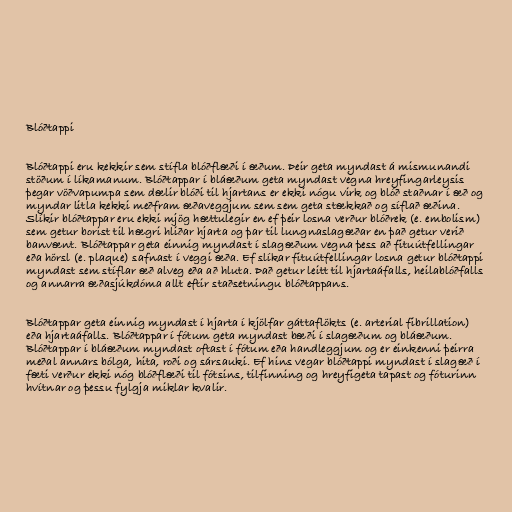
Blóðtappi

Blóðtappi eru kekkir sem stífla blóðflæði í æðum. Þeir geta myndast á mismunandi
stöðum í líkamanum. Blóðtappar í bláæðum geta myndast vegna hreyfingarleysis
þegar vöðvapumpa sem dælir blóði til hjartans er ekki nógu virk og blóð staðnar í æð og
myndar litla kekki meðfram æðaveggjum sem sem geta stækkað og síflað æðina.
Slíkir blóðtappar eru ekki mjög hættulegir en ef þeir losna verður blóðrek (e. embolism)
sem getur borist til hægri hliðar hjarta og þar til lungnaslagæðar en það getur verið
banvænt. Blóðtappar geta einnig myndast í slagæðum vegna þess að fituútfellingar
eða hörsl (e. plaque) safnast í veggi æða. Ef slíkar fituútfellingar losna getur blóðtappi
myndast sem stíflar æð alveg eða að hluta. Það getur leitt til hjartaáfalls, heilablóðfalls
og annarra æðasjúkdóma allt eftir staðsetningu blóðtappans.

Blóðtappar geta einnig myndast í hjarta í kjölfar gáttaflökts (e. arterial fibrillation)
eða hjartaáfalls. Blóðtappar í fótum geta myndast bæði í slagæðum og bláæðum.
Blóðtappar í bláæðum myndast oftast í fótum eða handleggjum og er einkenni þeirra
meðal annars bólga, hita, roði og sársauki. Ef hins vegar blóðtappi myndast í slagæð í
fæti verður ekki nóg blóðflæði til fótsins, tilfinning og hreyfigeta tapast og fóturinn
hvítnar og þessu fylgja miklar kvalir.